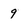
Character: 9